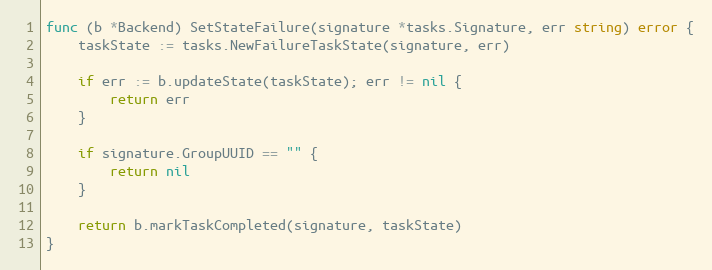
Language: Go
func (b *Backend) SetStateFailure(signature *tasks.Signature, err string) error {
	taskState := tasks.NewFailureTaskState(signature, err)

	if err := b.updateState(taskState); err != nil {
		return err
	}

	if signature.GroupUUID == "" {
		return nil
	}

	return b.markTaskCompleted(signature, taskState)
}